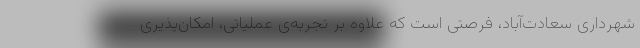
شهرداری سعادت‌آباد، فرصتی است که علاوه بر تجربه‌ی عملیاتی، امکان‌پذیری